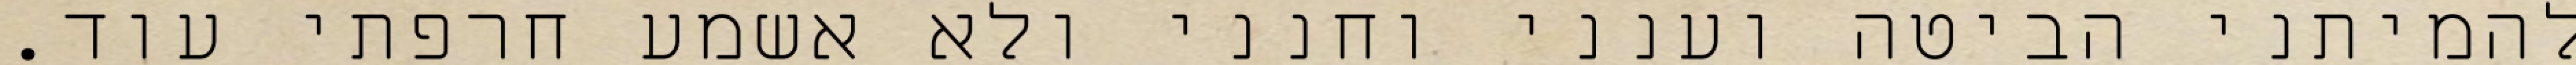
להמיתני הביטה וענני וחנני ולא אשמע חרפתי עוד.